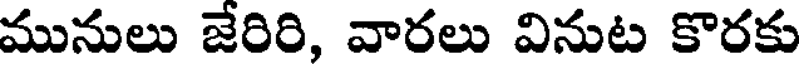
మునులు జేరిరి, వారలు వినుట కొరకు